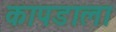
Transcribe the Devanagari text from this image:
कापडाला